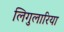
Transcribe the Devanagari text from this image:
लिगुलारिया